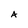
Character: A